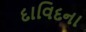
દાવિદના